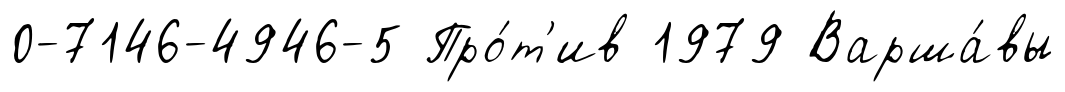
0-7146-4946-5 Про́т'ив 1979 Варша́вы